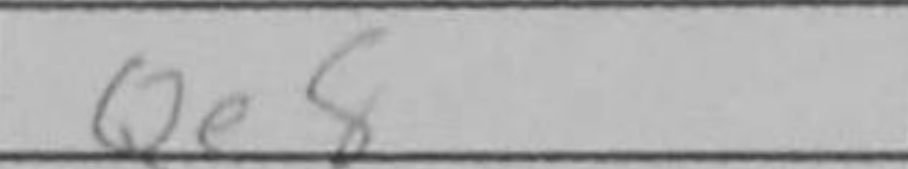
Transcription: Qe8